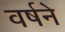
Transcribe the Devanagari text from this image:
वर्षने